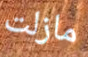
مازلت